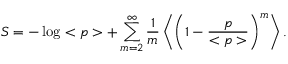
S = - \log < p > + \sum _ { m = 2 } ^ { \infty } \frac { 1 } { m } \left< \left( 1 - \frac { p } { < p > } \right) ^ { m } \right> .